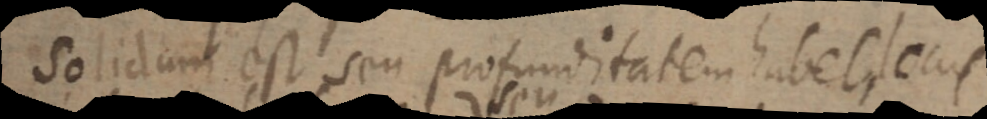
Solidum est seu profunditatem habet locus